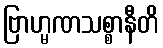
ဗြာဟ္မဏသစ္စာနီတိ